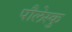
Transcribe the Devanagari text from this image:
पौलेस्कु